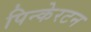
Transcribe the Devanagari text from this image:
पिन्केरटन